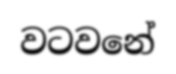
වටවනේ